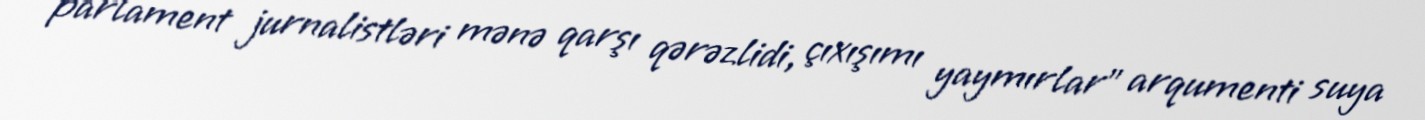
parlament jurnalistləri mənə qarşı qərəzlidi, çıxışımı yaymırlar” arqumenti suya